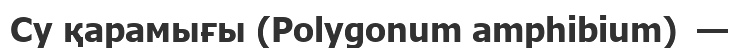
Су қарамығы (Polygonum amphibium)  —